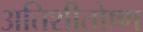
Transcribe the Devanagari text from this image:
अतिशीतोष्ण